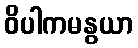
ဝိပါကမနွယာ